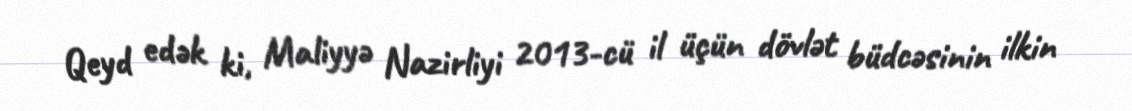
Qeyd edək ki, Maliyyə Nazirliyi 2013-cü il üçün dövlət büdcəsinin ilkin